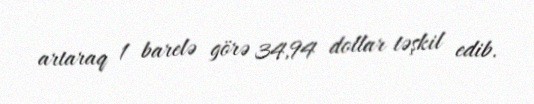
artaraq 1 barelə görə 34,94 dollar təşkil edib.